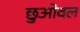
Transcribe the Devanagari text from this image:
छुओवल